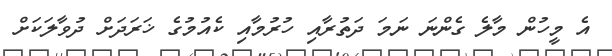
އެ މީހުން މާލެ ގެންނަ ނަމަ ދަތުރާއި ހުރުމާއި ކެއުމުގެ ޚަރަދަށް ދުވާލަކަށް